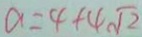
a = 4 + 4 \sqrt { 2 }